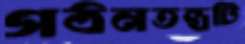
গঠনতন্ত্রটি